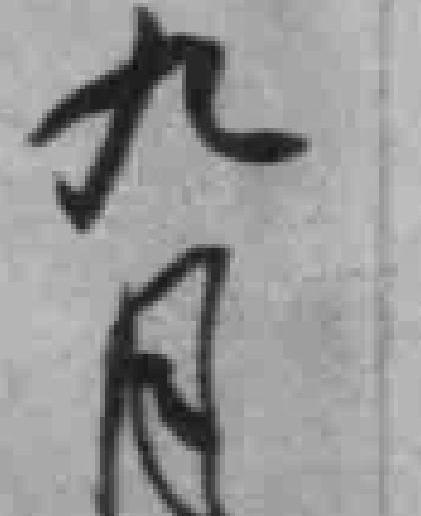
九月